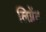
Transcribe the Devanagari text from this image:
लिग्नेंट